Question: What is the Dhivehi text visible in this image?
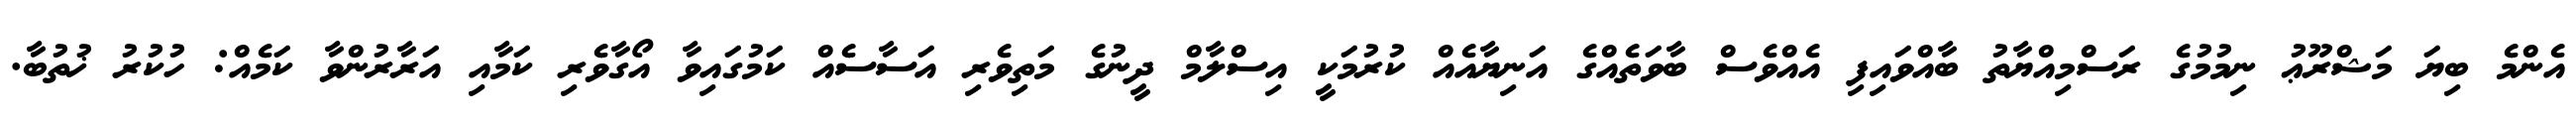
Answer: އެންމެ ބިޔަ މަޝްރޫޢު ނިމުމުގެ ރަސްމިއްޔާތު ބާއްވައިފި އެއްވެސް ބާވަތެއްގެ އަނިޔާއެއް ކުރުމަކީ އިސްލާމް ދީނުގެ މަތިވެރި އަސާސެއް ކަމުގައިވާ އޯގާވެރި ކަމާއި އަރާރުންވާ ކަމެއް: ހުކުރު ޚުތުބާ.